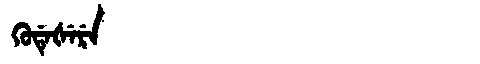
Manchu: ᡴᡠᡩᡝᡧᡝᡵᡝ
Romanization: KUDEŠERE